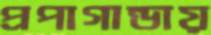
প্রপাগান্ডায়